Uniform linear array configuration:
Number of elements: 32
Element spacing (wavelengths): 0.5
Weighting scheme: binomial
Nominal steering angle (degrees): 45
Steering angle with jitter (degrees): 45.371
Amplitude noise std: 0.05
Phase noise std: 0.05

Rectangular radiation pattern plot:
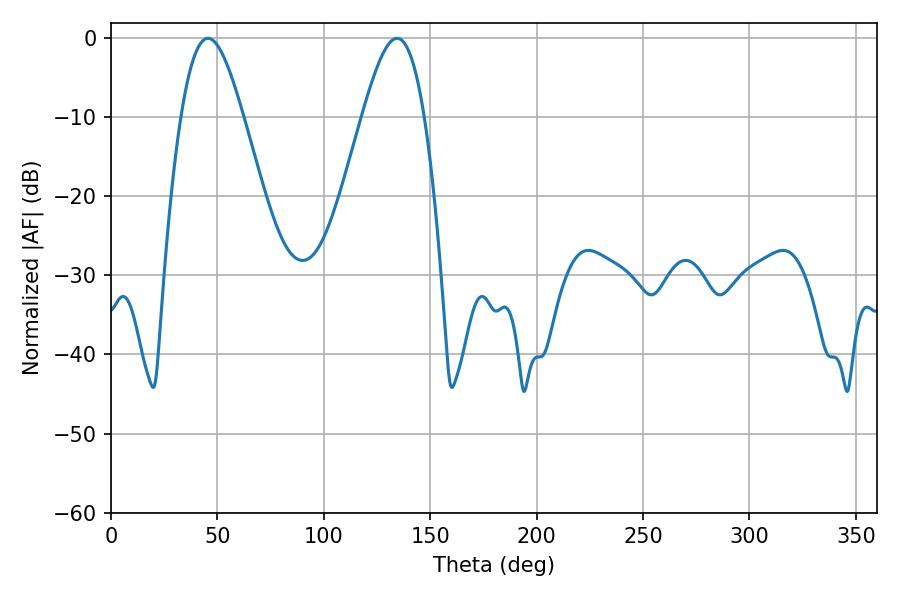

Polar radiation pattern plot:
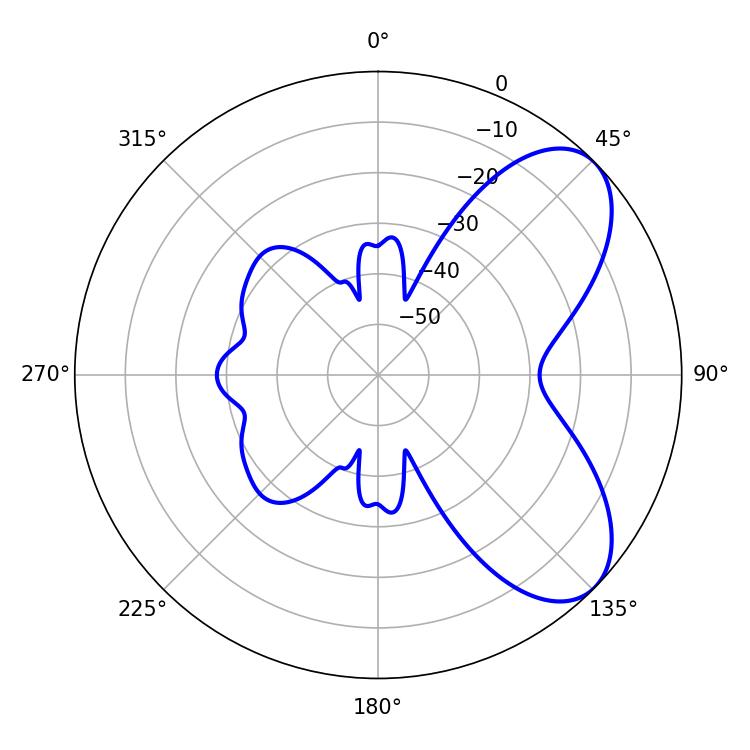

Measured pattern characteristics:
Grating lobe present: FALSE
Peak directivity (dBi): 6.657
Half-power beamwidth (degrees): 15.66
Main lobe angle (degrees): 45.54